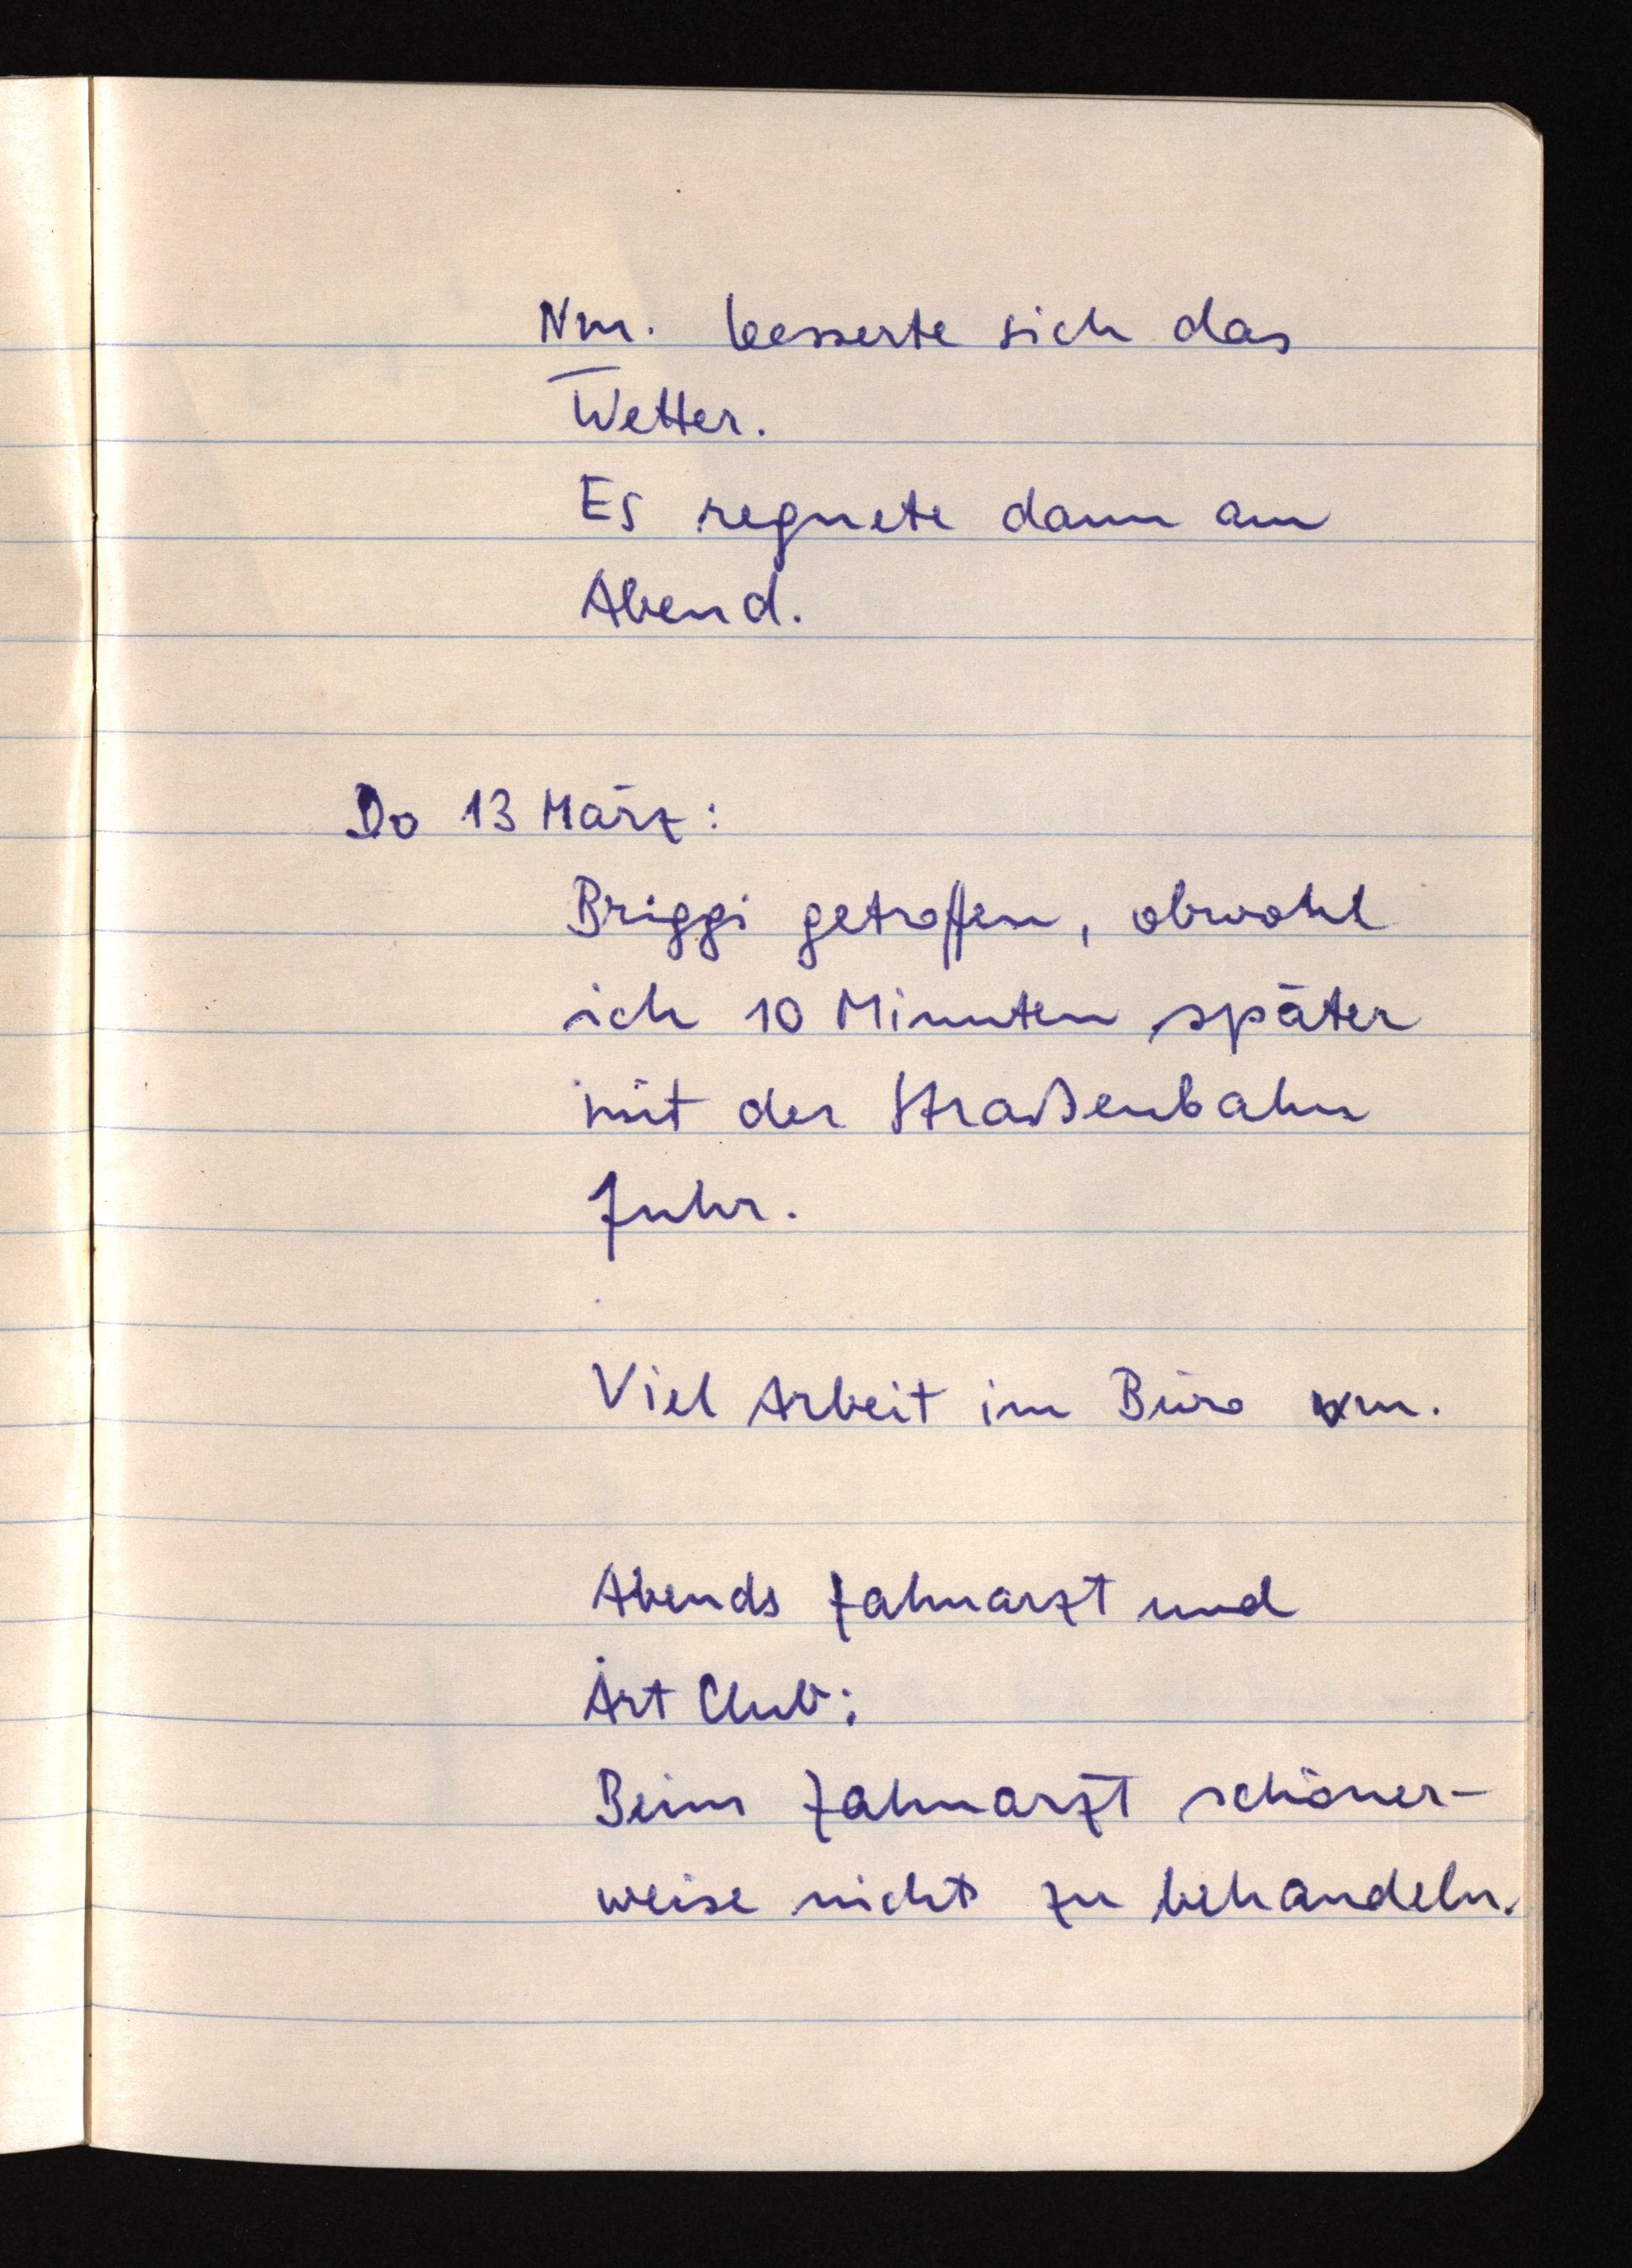
Nm. besserte sich das
Wetter.
Es regnete dann am
Abend.
Do 13 März:
Briggi getroffen, obwohl
ich 10 Minuten später
mit der Straßenbahn
fuhr.
Viel Arbeit im Büro nvm.
Abends Zahnarzt und
Art Club:
Beim Zahnarzt schöner¬
weise nichts zu behandeln.